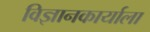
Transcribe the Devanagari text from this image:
विज्ञानकार्याला